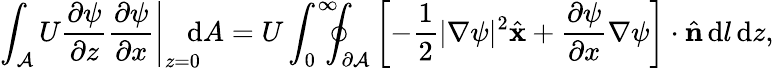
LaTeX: \int_{\mathcal{A}}U\left.\frac{\partial\psi}{\partial z}\frac{\partial\psi}{\partial x}\right|_{z=0}\! \! \! \! \, \textrm{d}A=U\int_{0}^{\infty}\! \! \! \! \oint_{\partial\mathcal{A}}\left[-\frac{1}{2}|\nabla\psi|^{2}\hat{\textbf{x}}+\frac{\partial\psi}{\partial x}\nabla\psi\right]\cdot\hat{\textbf{n}}\, \textrm{d}l\, \textrm{d}z,